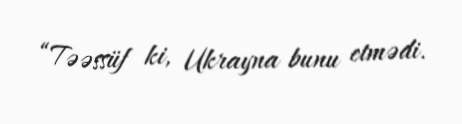
“Təəssüf ki, Ukrayna bunu etmədi.